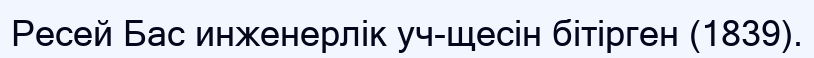
Ресей Бас инженерлік уч-щесін бітірген (1839).